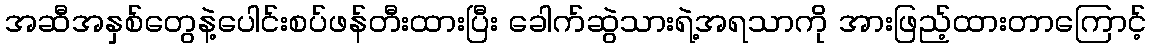
အဆီအနှစ်တွေနဲ့ပေါင်းစပ်ဖန်တီးထားပြီး ခေါက်ဆွဲသားရဲ့အရသာကို အားဖြည့်ထားတာကြောင့်